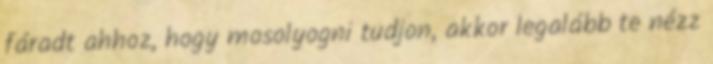
fáradt ahhoz, hogy mosolyogni tudjon, akkor legalább te nézz